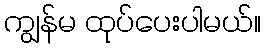
ကျွန်မ ထုပ်ပေးပါမယ်။